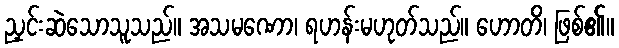
ညှင်းဆဲသောသူသည်။ အသမဏော၊ ရဟန်းမဟုတ်သည်။ ဟောတိ၊ ဖြစ်၏။